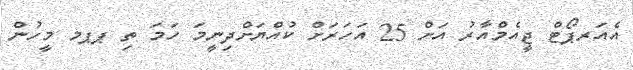
އެއަރޕޯޓް ޖީއެމްއާރު އަށް 25 އަހަރަށް ކުއްޔަށްދިނީމަ ހަމަ ތި ޕޕމ މީހުން